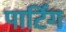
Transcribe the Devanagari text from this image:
पार्टिंग